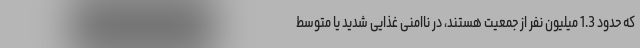
که حدود 1.3 میلیون نفر از جمعیت هستند، در ناامنی غذایی شدید یا متوسط